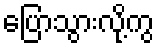
ပြောသွားလို့ကွ